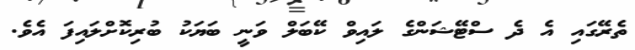
ތެރޭގައި އެ ދެ ސްޓޭޝަންގެ ލައިވް ކޭބަލް ވަނީ ބަޔަކު ބުރިކޮށްލައިފަ އެވެ.